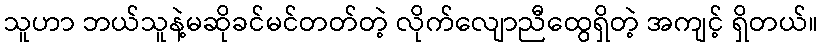
သူဟာ ဘယ်သူနဲ့မဆိုခင်မင်တတ်တဲ့ လိုက်လျောညီထွေရှိတဲ့ အကျင့် ရှိတယ်။